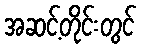
အဆင့်တိုင်းတွင်